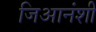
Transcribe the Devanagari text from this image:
जिआनंशी